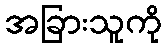
အခြားသူကို